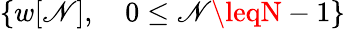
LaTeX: \{ w[\mathscr{N}],\quad0\leq\mathscr{N}\leqN-1\}